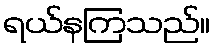
ရယ်နကြသည်။